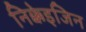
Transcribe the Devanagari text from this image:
निक्केइजिन